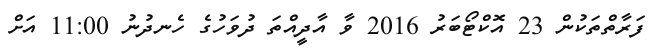
ފަރާތްތަކުން 23 އޮކްޓޯބަރު 2016 ވާ އާދީއްތަ ދުވަހުގެ ހެނދުނު 11:00 އަށް